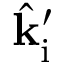
\hat { \mathbf { k } } _ { \mathrm { i } } ^ { \prime }